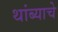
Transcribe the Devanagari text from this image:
थांब्याचे